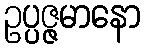
ဥပ္ပဇ္ဇမာနော